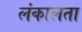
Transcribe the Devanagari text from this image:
लंकालता